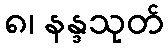
၈၊ နန္ဒသုတ်